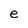
Character: e